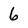
Character: 6